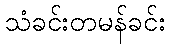
သံခင်းတမန်ခင်း